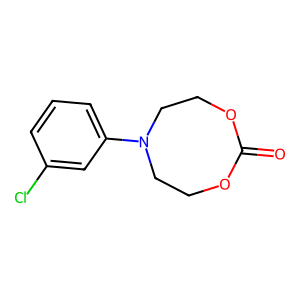
SMILES: O=C1OCCN(c2cccc(Cl)c2)CCO1
Inhibits HIV replication: No